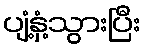
ပျံ့နှံ့သွားပြီး